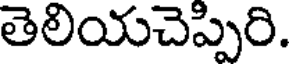
తెలియచెప్పిరి.